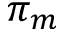
\pi _ { m }